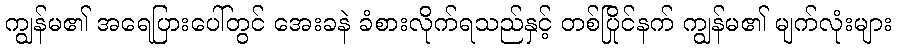
ကျွန်မ၏ အရေပြားပေါ်တွင် အေးခနဲ ခံစားလိုက်ရသည်နှင့် တစ်ပြိုင်နက် ကျွန်မ၏ မျက်လုံးများ